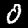
Label: 0